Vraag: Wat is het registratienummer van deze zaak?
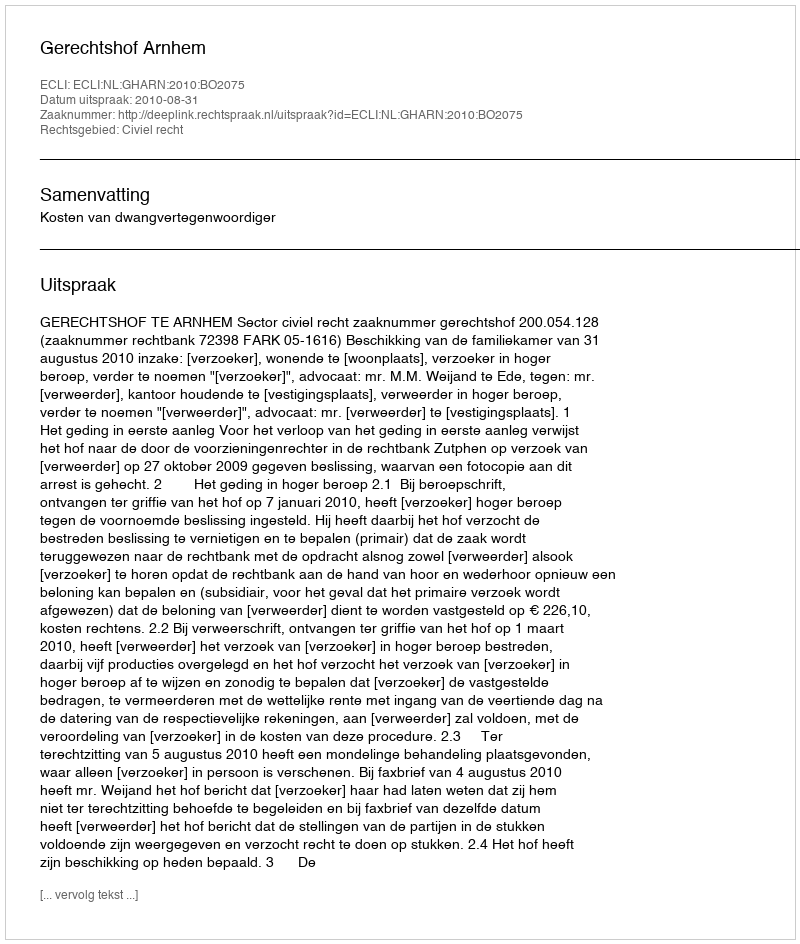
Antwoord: http://deeplink.rechtspraak.nl/uitspraak?id=ECLI:NL:GHARN:2010:BO2075